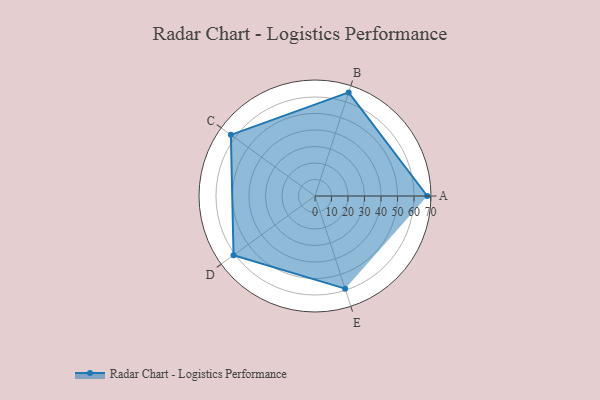
{"axis": {"x": "Skill", "y": "Score"}, "legend": ["Profile"], "data": [{"x": "A", "y": 68.0, "type": "Profile"}, {"x": "B", "y": 66.0, "type": "Profile"}, {"x": "C", "y": 63.0, "type": "Profile"}, {"x": "D", "y": 61.0, "type": "Profile"}, {"x": "E", "y": 59.0, "type": "Profile"}]}